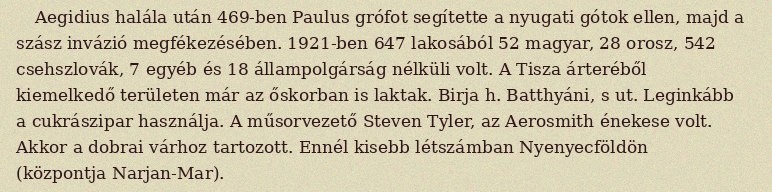
Aegidius halála után 469-ben Paulus grófot segítette a nyugati gótok ellen, majd a szász invázió megfékezésében. 1921-ben 647 lakosából 52 magyar, 28 orosz, 542 csehszlovák, 7 egyéb és 18 állampolgárság nélküli volt. A Tisza árteréből kiemelkedő területen már az őskorban is laktak. Birja h. Batthyáni, s ut. Leginkább a cukrászipar használja. A műsorvezető Steven Tyler, az Aerosmith énekese volt. Akkor a dobrai várhoz tartozott. Ennél kisebb létszámban Nyenyecföldön (központja Narjan-Mar).